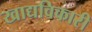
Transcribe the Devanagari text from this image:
खाद्यविकारी